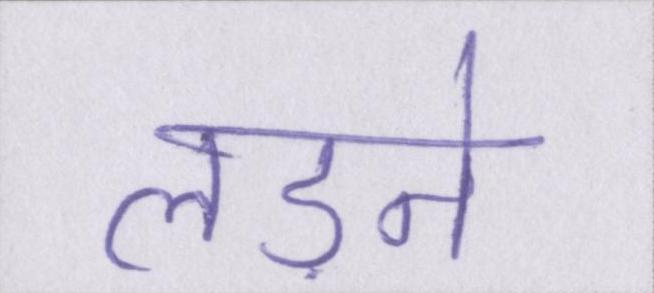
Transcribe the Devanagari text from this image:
लड़ने